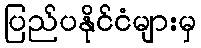
ပြည်ပနိုင်ငံများမှ